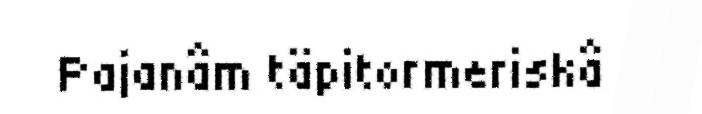
Pajanâm täpitormeriskâ